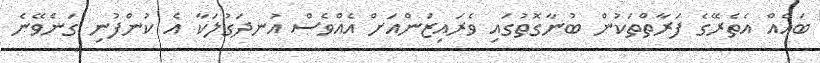
ބައެއް އެތެރޭގެ ފަރާތްތަކުން ބުނާގޮތުގައި ވެރައިޒަންއަށް އެއްވެސް އުނދަގުލަކާ އެ ކުންފުނި ގަނެވޭނެ